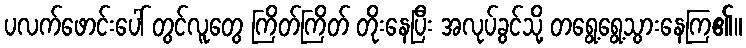
ပလက်ဖောင်းပေါ် တွင်လူတွေ ကြိတ်ကြိတ် တိုးနေပြီး အလုပ်ခွင်သို့ တရွေ့ရွေ့သွားနေကြ၏။